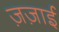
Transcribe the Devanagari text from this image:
ज़ज़ाई